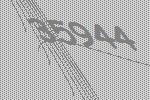
35944